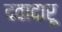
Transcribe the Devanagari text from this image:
दवादारू